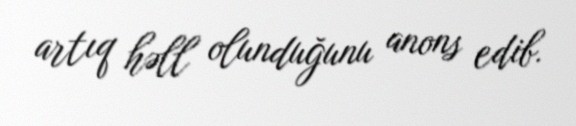
artıq həll olunduğunu anons edib.